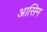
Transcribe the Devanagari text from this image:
आसिम